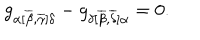
g _ { \alpha [ \overline { { { \beta } } } , \overline { { { \gamma } } } ] \delta } - g _ { \delta [ \overline { { { \beta } } } , \overline { { { \delta } } } ] \alpha } = 0 .